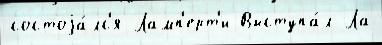
состоjа́лс'я Ламп'ерт'и Выступа́л Ла